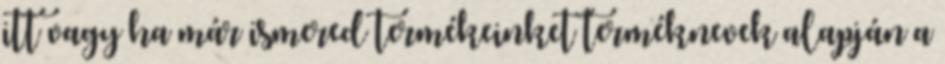
itt vagy ha már ismered termékeinket terméknevek alapján a